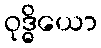
ဝုဒ္ဓိယော